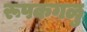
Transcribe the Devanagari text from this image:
रूपकगळु